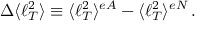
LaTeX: \Delta \langle \ell _ { T } ^ { 2 } \rangle \equiv \langle \ell _ { T } ^ { 2 } \rangle ^ { e A } - \langle \ell _ { T } ^ { 2 } \rangle ^ { e N } \, .